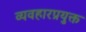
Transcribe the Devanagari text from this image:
व्यवहारप्रयुक्त